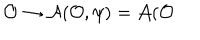
\mathcal { O } \rightarrow \mathcal { A } ( \mathcal { O } , \psi ) = \mathcal { A } ( \mathcal { O }